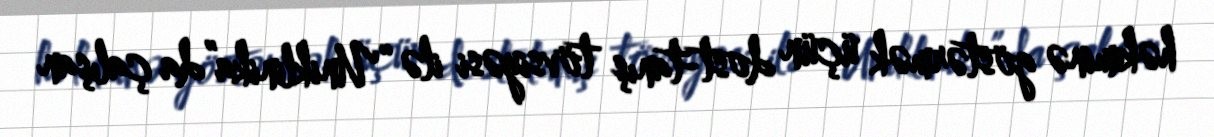
həkiminə göstərmək üçün dost-tanış tövsiyəsi ilə “Uniklinika”da çalışan